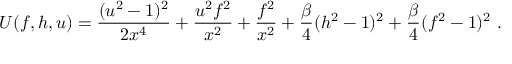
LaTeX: U ( f , h , u ) = \frac { ( u ^ { 2 } - 1 ) ^ { 2 } } { 2 x ^ { 4 } } + \frac { u ^ { 2 } f ^ { 2 } } { x ^ { 2 } } + \frac { f ^ { 2 } } { x ^ { 2 } } + \frac \beta 4 ( h ^ { 2 } - 1 ) ^ { 2 } + \frac \beta 4 ( f ^ { 2 } - 1 ) ^ { 2 } \ .